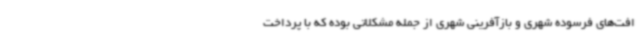
افت‌های فرسوده شهری و بازآفرینی شهری از جمله مشکلاتی بوده که با پرداخت